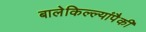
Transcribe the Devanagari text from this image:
बालेकिल्ल्यांपैकी